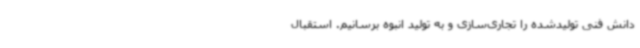
دانش فنی تولیدشده را تجاری‌سازی و به تولید انبوه برسانیم. استقبال